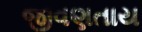
જીવણતાય